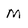
Character: M